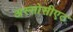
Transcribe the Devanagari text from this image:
अस्सोसीएट